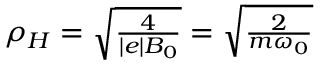
\begin{array} { r } { \rho _ { H } = \sqrt { \frac { 4 } { | e | B _ { 0 } } } = \sqrt { \frac { 2 } { m \omega _ { 0 } } } } \end{array}